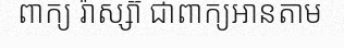
ពាក្យ រ៉ាស្ស៊ា ជាពាក្យអានតាម